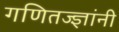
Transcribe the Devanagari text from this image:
गणितज्ज्ञांनी